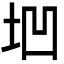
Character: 垇